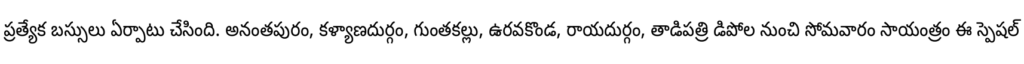
ప్రత్యేక బస్సులు ఏర్పాటు చేసింది. అనంతపురం, కళ్యాణదుర్గం, గుంతకల్లు, ఉరవకొండ, రాయదుర్గం, తాడిపత్రి డిపోల నుంచి సోమవారం సాయంత్రం ఈ స్పెషల్